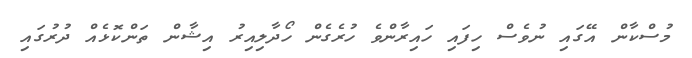
މުސްކާން އޭގައި ނުވެސް ހިފައި ހައިރާންވެ ހުރެގެން ހޯދާލިއިރު އިޝާން ތަންކޮޅެއް ދުރުގައި